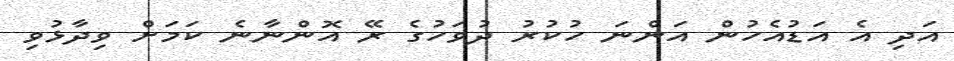
އަދި އެ އަޑުއެހުން އަންނަ ހުކުރު ދުވަހުގެ ރޭ އޮންނާނެ ކަމަށް ވިދާޅުވި